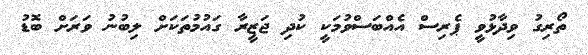
ތޯރިގު ވިދާޅުވީ ޕެރިސް އެއްބަސްވުމަކީ ކުދި ޖަޒީރާ ގައުމުތަކަށް ލިބުނު ވަރަށް ބޮޑު